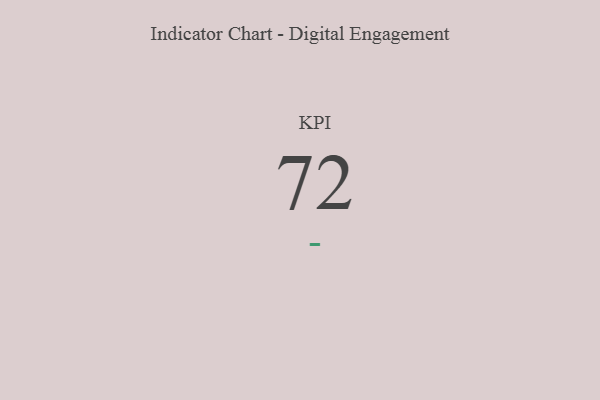
{"axis": {"x": "KPI", "y": "Value"}, "legend": [""], "data": [{"x": "KPI", "y": 72, "type": ""}]}